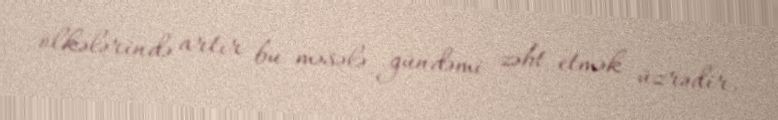
ölkələrində artır bu məsələ gündəmi zəbt etmək üzrədir.